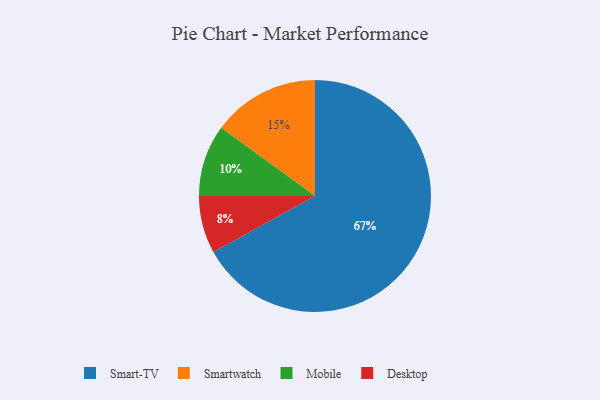
{"axis": {"x": "Category", "y": "Percentage"}, "legend": ["Desktop", "Mobile", "Smart-TV", "Smartwatch"], "data": [{"x": "Smart-TV", "y": 67, "type": "Smart-TV"}, {"x": "Smartwatch", "y": 15, "type": "Smartwatch"}, {"x": "Desktop", "y": 8, "type": "Desktop"}, {"x": "Mobile", "y": 10, "type": "Mobile"}]}